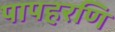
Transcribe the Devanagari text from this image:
पापहरणि